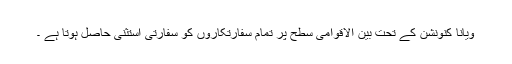
ویانا کنونشن کے تحت بین الاقوامی سطح پر تمام سفارتکاروں کو سفارتی استثنی حاصل ہوتا ہے ۔